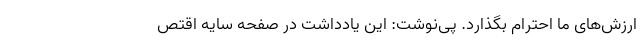
ارزش‌های ما احترام بگذارد. پی‌نوشت: این یادداشت در صفحه سایه اقتص